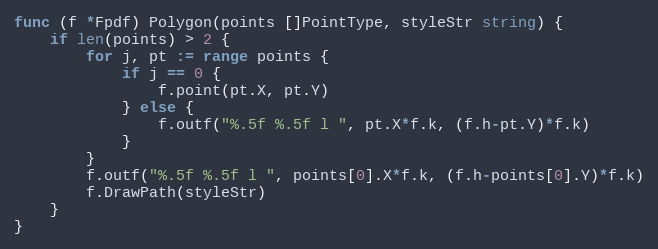
Language: Go
func (f *Fpdf) Polygon(points []PointType, styleStr string) {
	if len(points) > 2 {
		for j, pt := range points {
			if j == 0 {
				f.point(pt.X, pt.Y)
			} else {
				f.outf("%.5f %.5f l ", pt.X*f.k, (f.h-pt.Y)*f.k)
			}
		}
		f.outf("%.5f %.5f l ", points[0].X*f.k, (f.h-points[0].Y)*f.k)
		f.DrawPath(styleStr)
	}
}